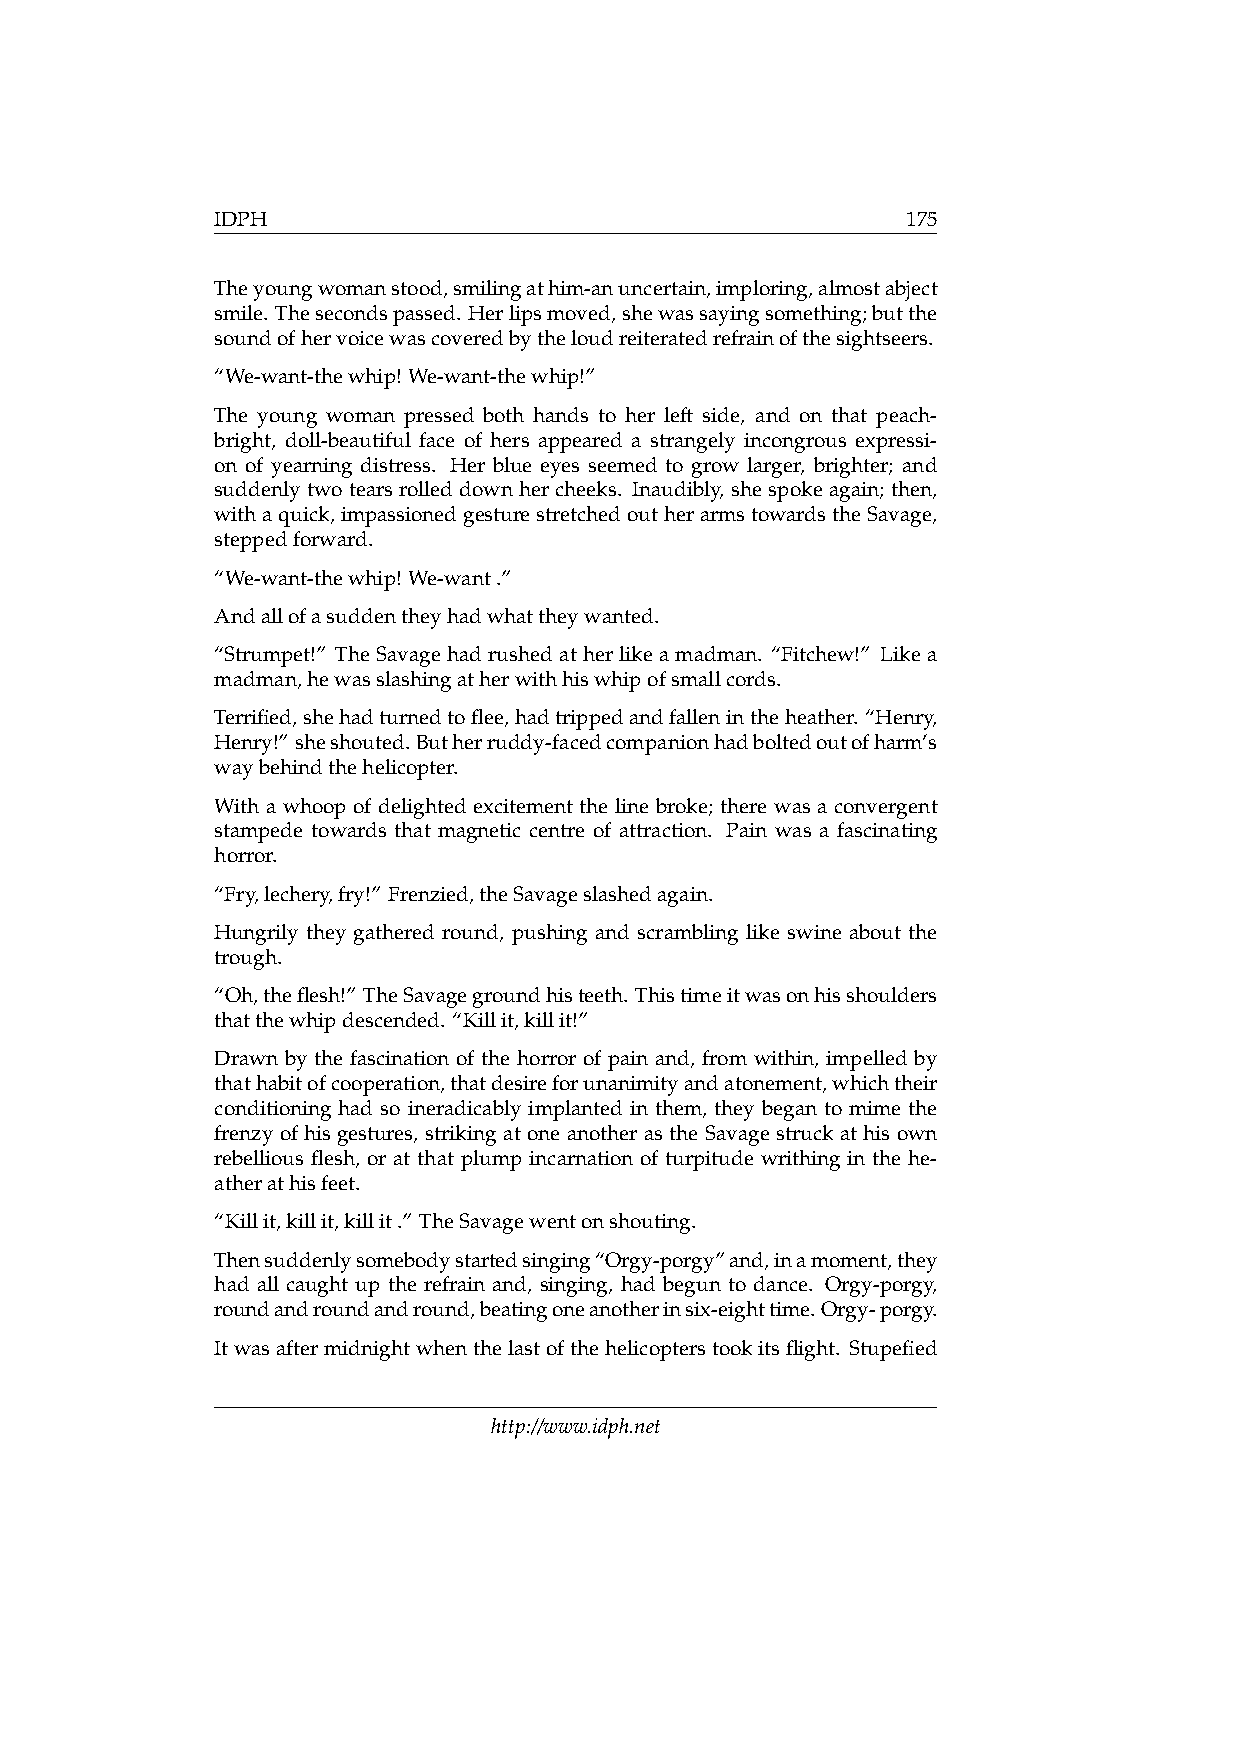
IDPH                                          175
 Theyoungwomanstood,smilingathim-anuncertain,imploring,almostabject
 smile. Thesecondspassed. Herlipsmoved,shewassayingsomething;butthe
 soundofhervoicewascoveredbytheloudreiteratedrefrainofthesightseers.
 “We-want-thewhip! We-want-thewhip!”
 The young woman pressed both hands to her left side, and on that peach-
 bright, doll-beautiful face of hers appeared a strangely incongrous expressi-
 on of yearning distress. Her blue eyes seemed to grow larger, brighter; and
 suddenly twotears rolled down hercheeks. Inaudibly, shespoke again; then,
 withaquick,impassionedgesturestretchedoutherarmstowardstheSavage,
 steppedforward.
 “We-want-thewhip! We-want.”
 Andallofasuddentheyhadwhattheywanted.
 “Strumpet!” TheSavagehadrushedatherlikeamadman. “Fitchew!” Likea
 madman,hewasslashingatherwithhiswhipofsmallcords.
 Terrified,shehadturnedtoflee,hadtrippedandfallenintheheather. “Henry,
 Henry!”sheshouted.Butherruddy-facedcompanionhadboltedoutofharm’s
 waybehindthehelicopter.
 With a whoop of delighted excitement the line broke; there was a convergent
 stampede towards that magnetic centre of attraction. Pain was a fascinating
 horror.
 “Fry,lechery,fry!” Frenzied,theSavageslashedagain.
 Hungrily they gathered round, pushing and scrambling like swine about the
 trough.
 “Oh,theflesh!” TheSavagegroundhisteeth. Thistimeitwasonhisshoulders
 thatthewhipdescended. “Killit,killit!”
 Drawn by the fascination of the horror of pain and, from within, impelled by
 thathabitofcooperation,thatdesireforunanimityandatonement,whichtheir
 conditioning had so ineradicably implanted in them, they began to mime the
 frenzy of his gestures, striking at one another as the Savage struck at his own
 rebellious flesh, or at that plump incarnation of turpitude writhing in the he-
 atherathisfeet.
 “Killit,killit,killit.” TheSavagewentonshouting.
 Thensuddenlysomebodystartedsinging“Orgy-porgy”and,inamoment,they
 had all caught up the refrain and, singing, had begun to dance. Orgy-porgy,
 roundandroundandround,beatingoneanotherinsix-eighttime.Orgy-porgy.
 Itwasaftermidnightwhenthelastofthehelicopterstookitsflight. Stupefied
 http://www.idph.net